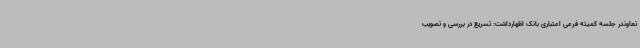
تعاوندر جلسه کمیته فرعی اعتباری بانک اظهارداشت: تسریع در بررسی و تصویب